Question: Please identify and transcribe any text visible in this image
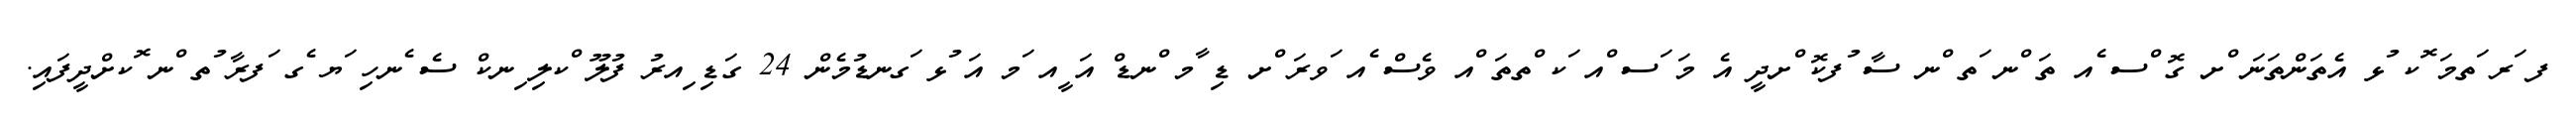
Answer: ފ ަރ ަތމަ ޮކ ުޅ އެތަންތަނަ ްށ ގޮ ްސ ެއ ތަ ްނ ަތ ްނ ސާ ުފކޮ ްށދީ އެ މަ ަސ ްއ ަކ ްތތަ ްއ ވެސް ެއ ަވރަ ްށ ޑި ާމ ްނޑް އަ ީއ ަމ އަ ުޅ ަގނޑުމެން 24 ގަޑި ިއރު ފުލޫ ްކލި ިނކް ސެ ެނހި ަޔ ެގ ަފރާ ުތ ްނ ޮކށްދީފައި.